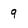
Character: 9